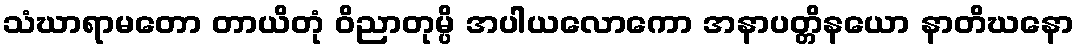
သံဃာရာမတော တာယိတုံ ဝိညာတုမ္ပိ အပါယလောကော အနာပတ္တိနယော နာတိဃနော